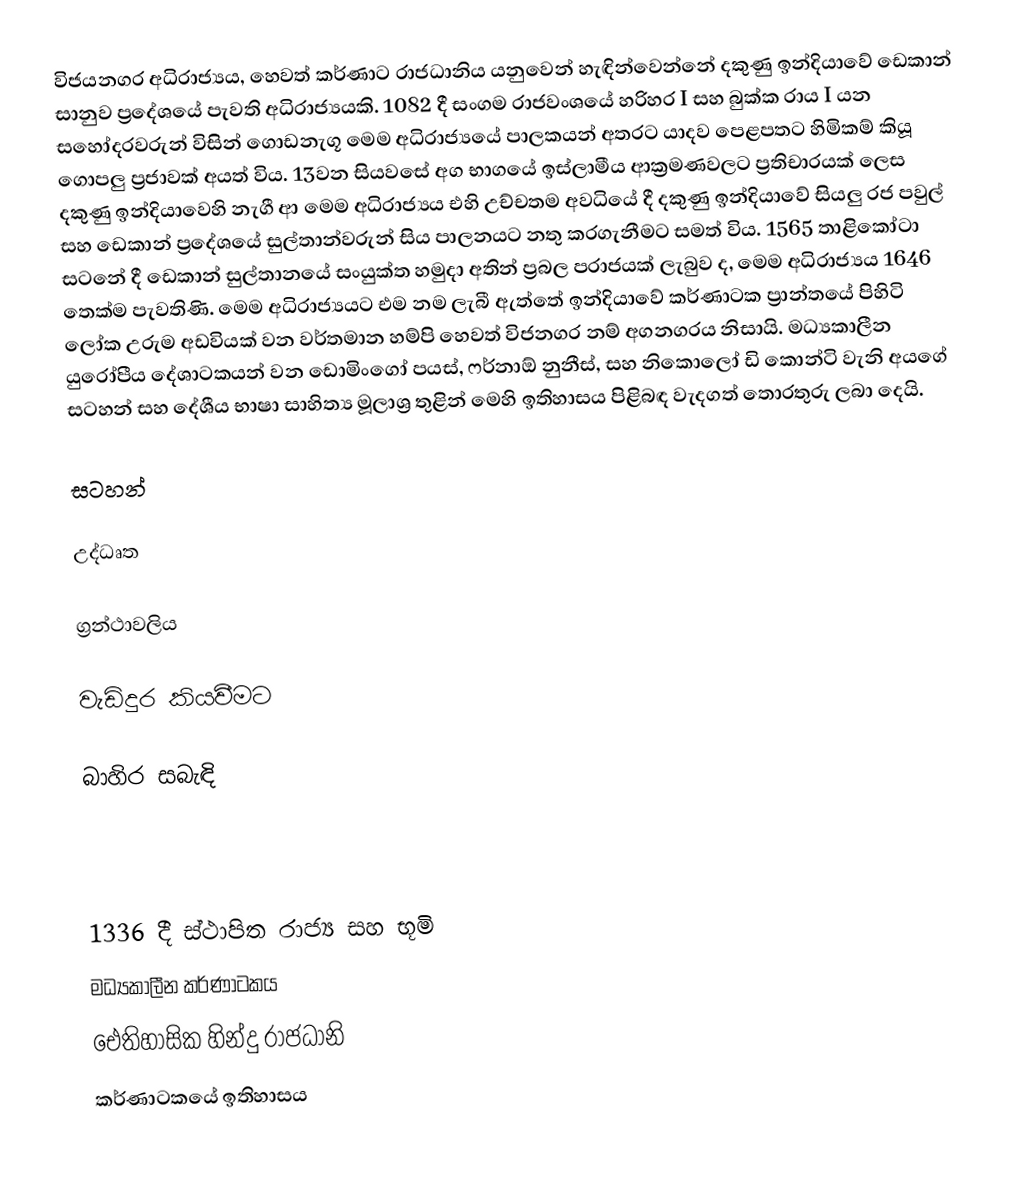
විජයනගර අධිරාජ්‍යය, හෙවත් කර්ණාට රාජධානිය යනුවෙන් හැඳින්වෙන්නේ දකුණු ඉන්දියාවේ ඩෙකාන් සානුව ප්‍රදේශයේ පැවති අධිරාජ්‍යයකි. 1082 දී සංගම රාජවංශයේ හරිහර I සහ බුක්ක රාය I යන සහෝදරවරුන් විසින් ගොඩනැගූ මෙම අධිරාජ්‍යයේ පාලකයන් අතරට යාදව පෙළපතට හිමිකම් කියූ ගොපලු ප්‍රජාවක් අයත් විය. 13වන සියවසේ අග භාගයේ ඉස්ලාමීය ආක්‍රමණවලට ප්‍රතිචාරයක් ලෙස දකුණු ඉන්දියාවෙහි නැගී ආ මෙම අධිරාජ්‍යය එහි උච්චතම අවධියේ දී දකුණු ඉන්දියාවේ සියලු රජ පවුල් සහ ඩෙකාන් ප්‍රදේශයේ සුල්තාන්වරුන් සිය පාලනයට නතු කරගැනීමට සමත් විය. 1565 තාළිකෝටා සටනේ දී ඩෙකාන් සුල්තානයේ සංයුක්ත හමුදා අතින් ප්‍රබල පරාජයක් ලැබුව ද, මෙම අධිරාජ්‍යය 1646 තෙක්ම පැවතිණි. මෙම අධිරාජ්‍යයට එම නම ලැබී ඇත්තේ ඉන්දියාවේ කර්ණාටක ප්‍රාන්තයේ පිහිටි ලෝක උරුම අඩවියක් වන වර්තමාන හම්පි හෙවත් විජනගර නම් අගනගරය නිසායි. මධ්‍යකාලීන යුරෝපීය දේශාටකයන් වන ඩොමිංගෝ පයස්,  ෆර්නාඕ නුනීස්, සහ නිකොලෝ ඩි කොන්ටි වැනි අයගේ සටහන් සහ දේශීය භාෂා සාහිත්‍ය මූලාශ්‍ර තුළින් මෙහි ඉතිහාසය පිළිබඳ වැදගත් තොරතුරු ලබා දෙයි.

සටහන්

උද්ධෘත

ග්‍රන්ථාවලිය

වැඩිදුර කියවීමට

බාහිර සබැඳි

1336 දී ස්ථාපිත රාජ්‍ය සහ භූමි
මධ්‍යකාලීන කර්ණාටකය
ඓතිහාසික හින්දු රාජධානි
කර්ණාටකයේ ඉතිහාසය